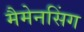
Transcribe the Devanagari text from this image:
मैमेनसिंग